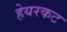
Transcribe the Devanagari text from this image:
हेयरकट